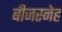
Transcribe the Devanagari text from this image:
बीजस्नेह